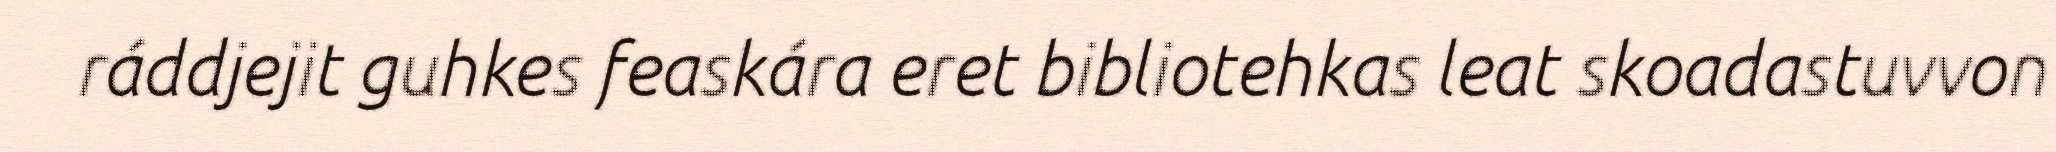
ráddjejit guhkes feaskára eret bibliotehkas leat skoadastuvvon